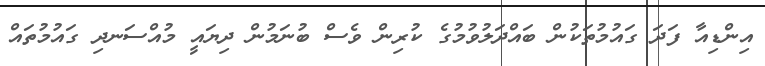
އިންޑިއާ ފަދަ ގައުމުތަކުން ބައްދަލުވުމުގެ ކުރިން ވެސް ބުނަމުން ދިޔައީ މުއްސަނދި ގައުމުތައް